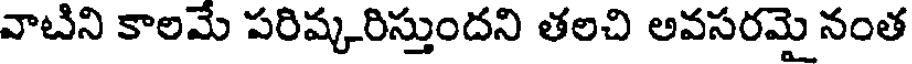
వాటిని కాలమే పరిష్కరిస్తుందని తలచి అవసరమై నంత